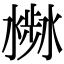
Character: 𣻣